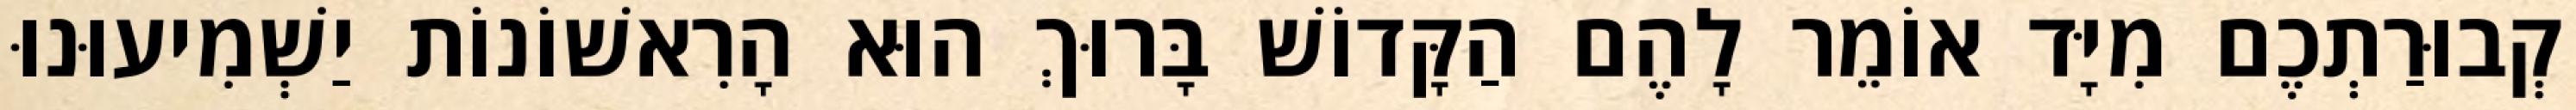
קְבוּרַתְכֶם מִיָּד אוֹמֵר לָהֶם הַקָּדוֹשׁ בָּרוּךְ הוּא הָרִאשׁוֹנוֹת יַשְׁמִיעוּנוּ